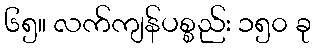
၆၅။ လက်ကျန်ပစ္စည်း ၁၅၀ ခု